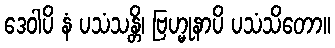
ဒေဝါပိ နံ ပသံသန္တိ၊ ဗြဟ္မုနာပိ ပသံသိတော။